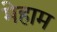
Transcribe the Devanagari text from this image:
मेहाम